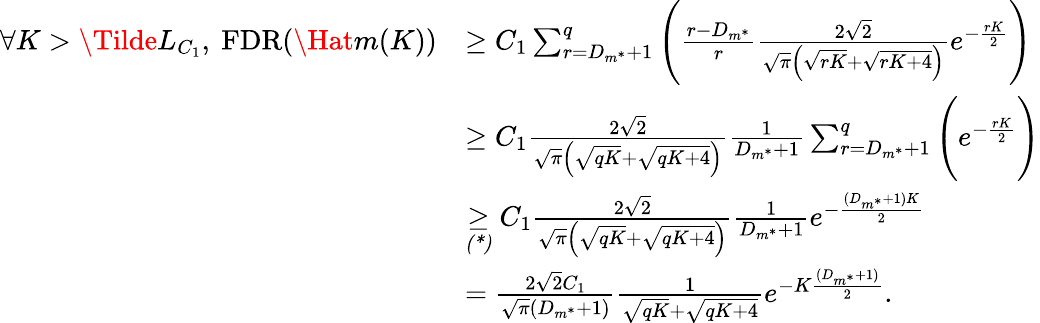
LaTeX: \begin{array}{rl}{\forall K>\Tilde{L}_{C_{1}},\ \mathrm{FDR}(\Hat{m}(K))}&{\geq C_{1}\sum_{r=D_{m^{*}}+1}^{q}\Bigg(\frac{r-D_{m^{*}}}{r}\frac{2\sqrt{2}}{\sqrt{\pi}\Big(\sqrt{rK}+\sqrt{rK+4}\Big)}e^{-\frac{rK}{2}}\Bigg)}\\ &{\geq C_{1}\frac{2\sqrt{2}}{\sqrt{\pi}\Big(\sqrt{qK}+\sqrt{qK+4}\Big)}\frac{1}{D_{m^{*}}+1}\sum_{r=D_{m^{*}}+1}^{q}\Bigg(e^{-\frac{rK}{2}}\Bigg)}\\ &{\underset{\textit{(*)}}{\geq}C_{1}\frac{2\sqrt{2}}{\sqrt{\pi}\Big(\sqrt{qK}+\sqrt{qK+4}\Big)}\frac{1}{D_{m^{*}}+1}e^{-\frac{(D_{m^{*}}+1)K}{2}}}\\ &{=\frac{2\sqrt{2}C_{1}}{\sqrt{\pi}(D_{m^{*}}+1)}\frac{1}{\sqrt{qK}+\sqrt{qK+4}}e^{-K\frac{(D_{m^{*}}+1)}{2}}.}\end{array}